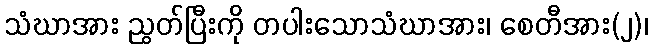
သံဃာအား ညွတ်ပြီးကို တပါးသောသံဃာအား၊ စေတီအား(၂)၊